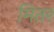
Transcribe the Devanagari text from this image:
मितर